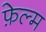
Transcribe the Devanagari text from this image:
फ़ेल्म